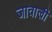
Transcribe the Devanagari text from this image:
जावाली